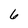
Character: 6